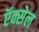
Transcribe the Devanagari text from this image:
ऍक्सेल